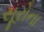
સૂરોના